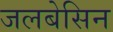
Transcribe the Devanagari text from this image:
जलबेसिन